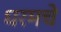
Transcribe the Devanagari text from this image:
धरमचे